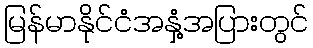
မြန်မာနိုင်ငံအနှံ့အပြားတွင်